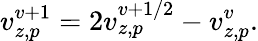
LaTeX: {v}_{z,p}^{v+1}=2{v}_{z,p}^{v+1/2}-{v}_{z,p}^{v}.